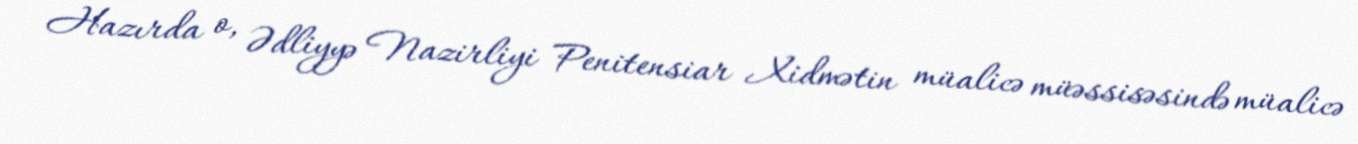
Hazırda o, Ədliyyə Nazirliyi Penitensiar Xidmətin müalicə müəssisəsində müalicə